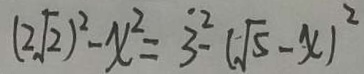
( 2 \sqrt { 2 } ) ^ { 2 } - x ^ { 2 } = \dot { 3 } ^ { 2 } - ( \sqrt { 5 } - x ) ^ { 2 }